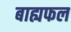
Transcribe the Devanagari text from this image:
बाह्यफल